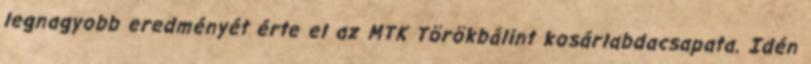
legnagyobb eredményét érte el az MTK Törökbálint kosárlabdacsapata. Idén